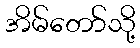
အိမ်တော်သို့